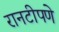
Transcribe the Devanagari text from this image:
रानटीपणे